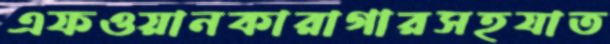
এফওয়ানকারাগারসহযাত